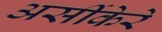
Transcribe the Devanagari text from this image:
अर्सीकेरे